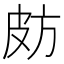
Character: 𣃤